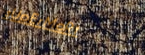
sUpErMaRt